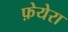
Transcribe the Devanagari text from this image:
फ़ेयेरा